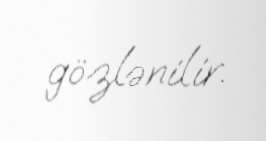
gözlənilir.